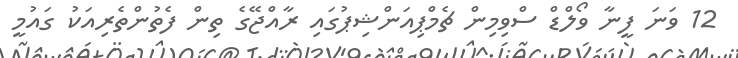
12 ވަނަ ފީނާ ވޯލްޑް ސްވިމިން ޗެމްޕިއަންޝިޕުގައި ރާއްޖޭގެ ތިން ފެތުންތެރިއަކު ގައުމީ